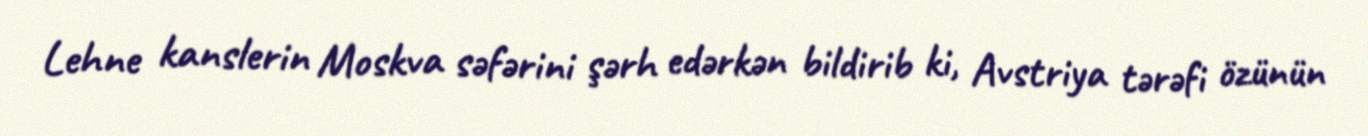
Lehne kanslerin Moskva səfərini şərh edərkən bildirib ki, Avstriya tərəfi özünün